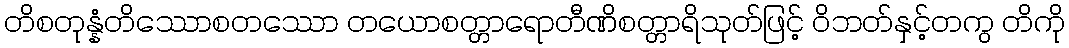
တိစတုန္နံတိဿောစတဿော တယောစတ္တာရောတီဏိစတ္တာရိသုတ်ဖြင့် ဝိဘတ်နှင့်တကွ တိကို